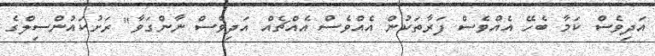
އަދިވެސް ކަމާ ބެހޭ އެއްވެސް ފަރާތަކުން އެއްވެސް އެއްޗެއް އަދިވެސް ނާންގަވާ" ރަށުކައުންސިލްގެ